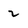
Character: 2